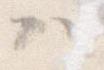
ハ